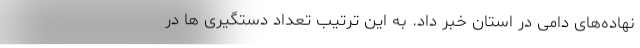
نهاده‌های دامی در استان خبر داد. به این ترتیب تعداد دستگیری ها در